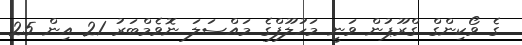
ގެ ވޯކިންގް ގްރޫޕުން ވަނީ މަހުލޫފްގެ މައްސަލަ ނޮވެމްބަރު 21 އިން 25